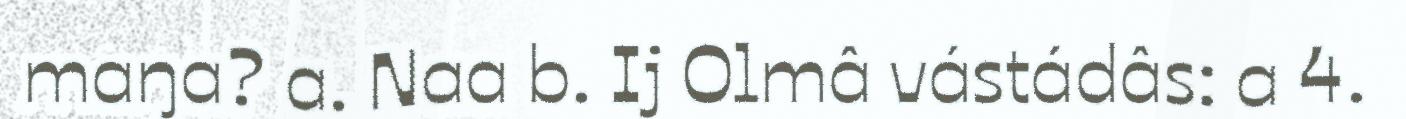
maŋa? a. Naa b. Ij Olmâ vástádâs: a 4.